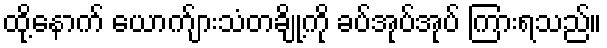
ထို့နောက် ယောက်ျားသံတချို့ကို ခပ်အုပ်အုပ် ကြားရသည်။